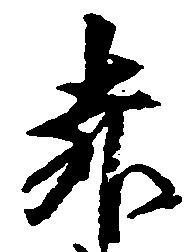
赤